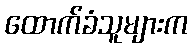
ထောက်ခံသူများက